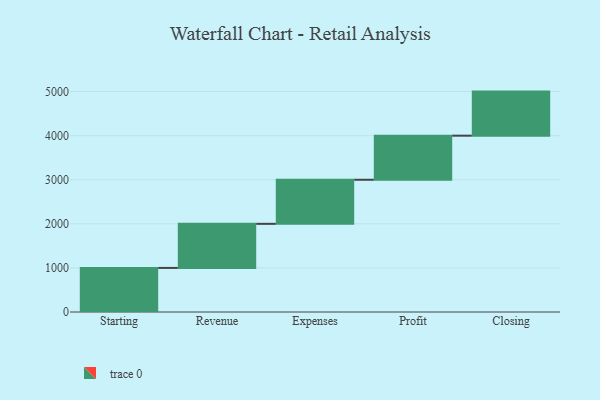
{"axis": {"x": "Step", "y": "Value"}, "legend": [""], "data": [{"x": "Starting", "y": 1000, "type": ""}, {"x": "Revenue", "y": 1000, "type": ""}, {"x": "Expenses", "y": 1000, "type": ""}, {"x": "Profit", "y": 1000, "type": ""}, {"x": "Closing", "y": 1000, "type": ""}]}